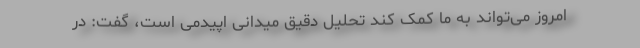
امروز می‌تواند به ما کمک کند تحلیل دقیق میدانی اپیدمی است، گفت: در